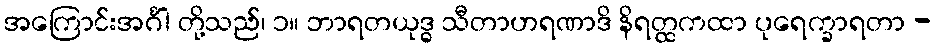
အကြောင်းအင်္ဂါ တို့သည်၊ ၁။ ဘာရတယုဒ္ဓ သီတာဟရဏာဒိ နိရတ္ထကထာ ပုရေက္ခာရတာ -